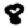
Digit: 8